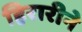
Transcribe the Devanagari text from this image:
हिरारीने